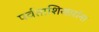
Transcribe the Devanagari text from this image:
पर्वताशिखारांना